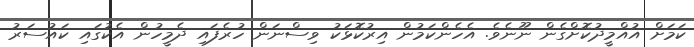
ކަމަށް އުއްމީދުކޮށްގެން ނޫނެވެ. އެހެންކަމުން އިރުކޮޅަކު ވިސްނަން ހުރެފައި ދެމީހުން އެކުގައި ކައުސަރު